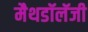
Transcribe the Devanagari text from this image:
मैथडॉलॅजी